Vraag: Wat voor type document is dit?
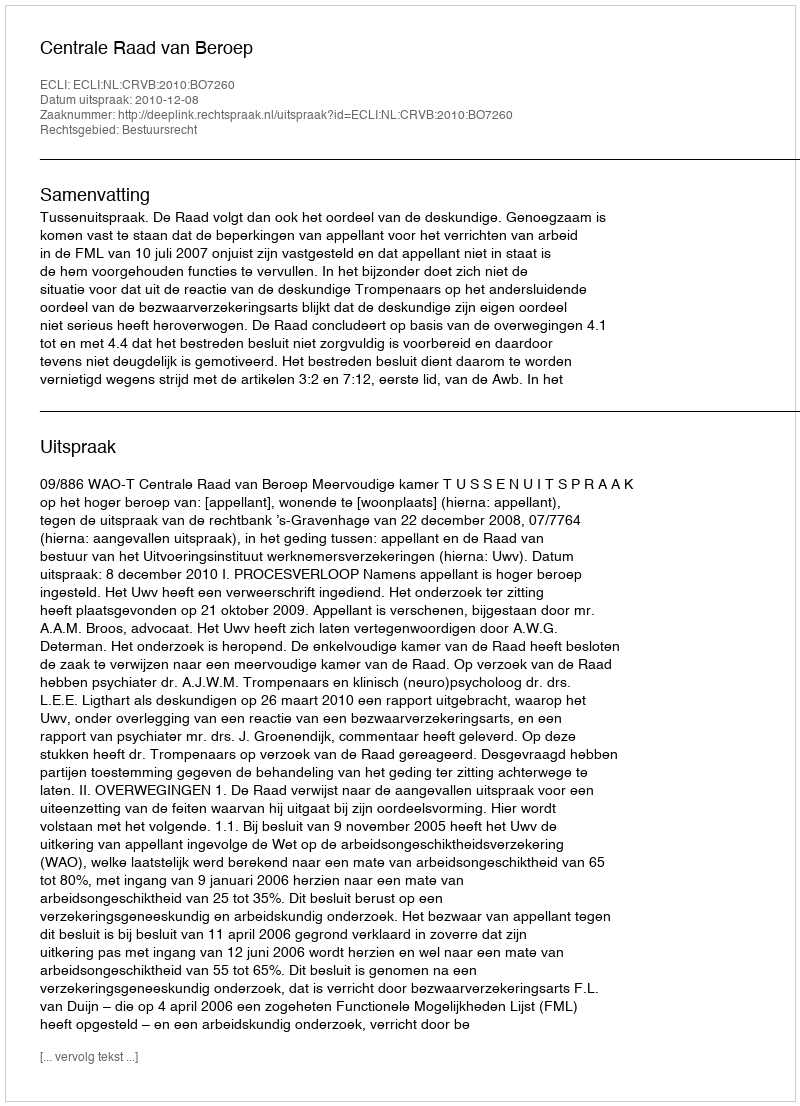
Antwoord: Uitspraak